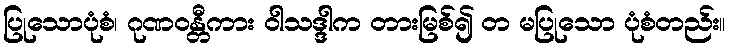
ပြုသောပုံစံ၊ ဂုဏဝန္တီကား ဝါသဒ္ဒါက တားမြစ်၍ တ မပြုသော ပုံစံတည်း။